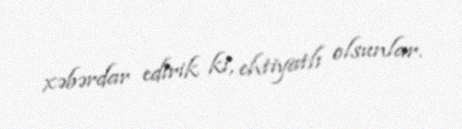
xəbərdar edirik ki, ehtiyatlı olsunlar.